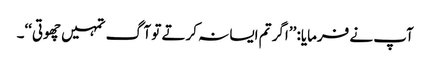
آپ نے فرمایا: ’’اگر تم ایسا نہ کرتے تو آگ تمہیں چھوتی‘‘۔